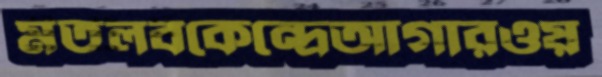
মতলবকেন্দ্রেআগারওয়